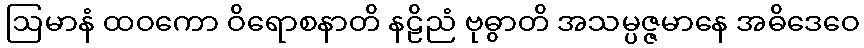
ဩမာနံ ထဝကော ဝိရောစနာတိ နဠိညံ ဗုဓွာတိ အသမ္ပဇ္ဇမာနေ အဓိဒေဝေ